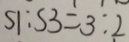
S 1 : S 3 = 3 : 2